65_HS1-834228961_62-HQ-83894_Section_10
Agency: FBI
Page 128
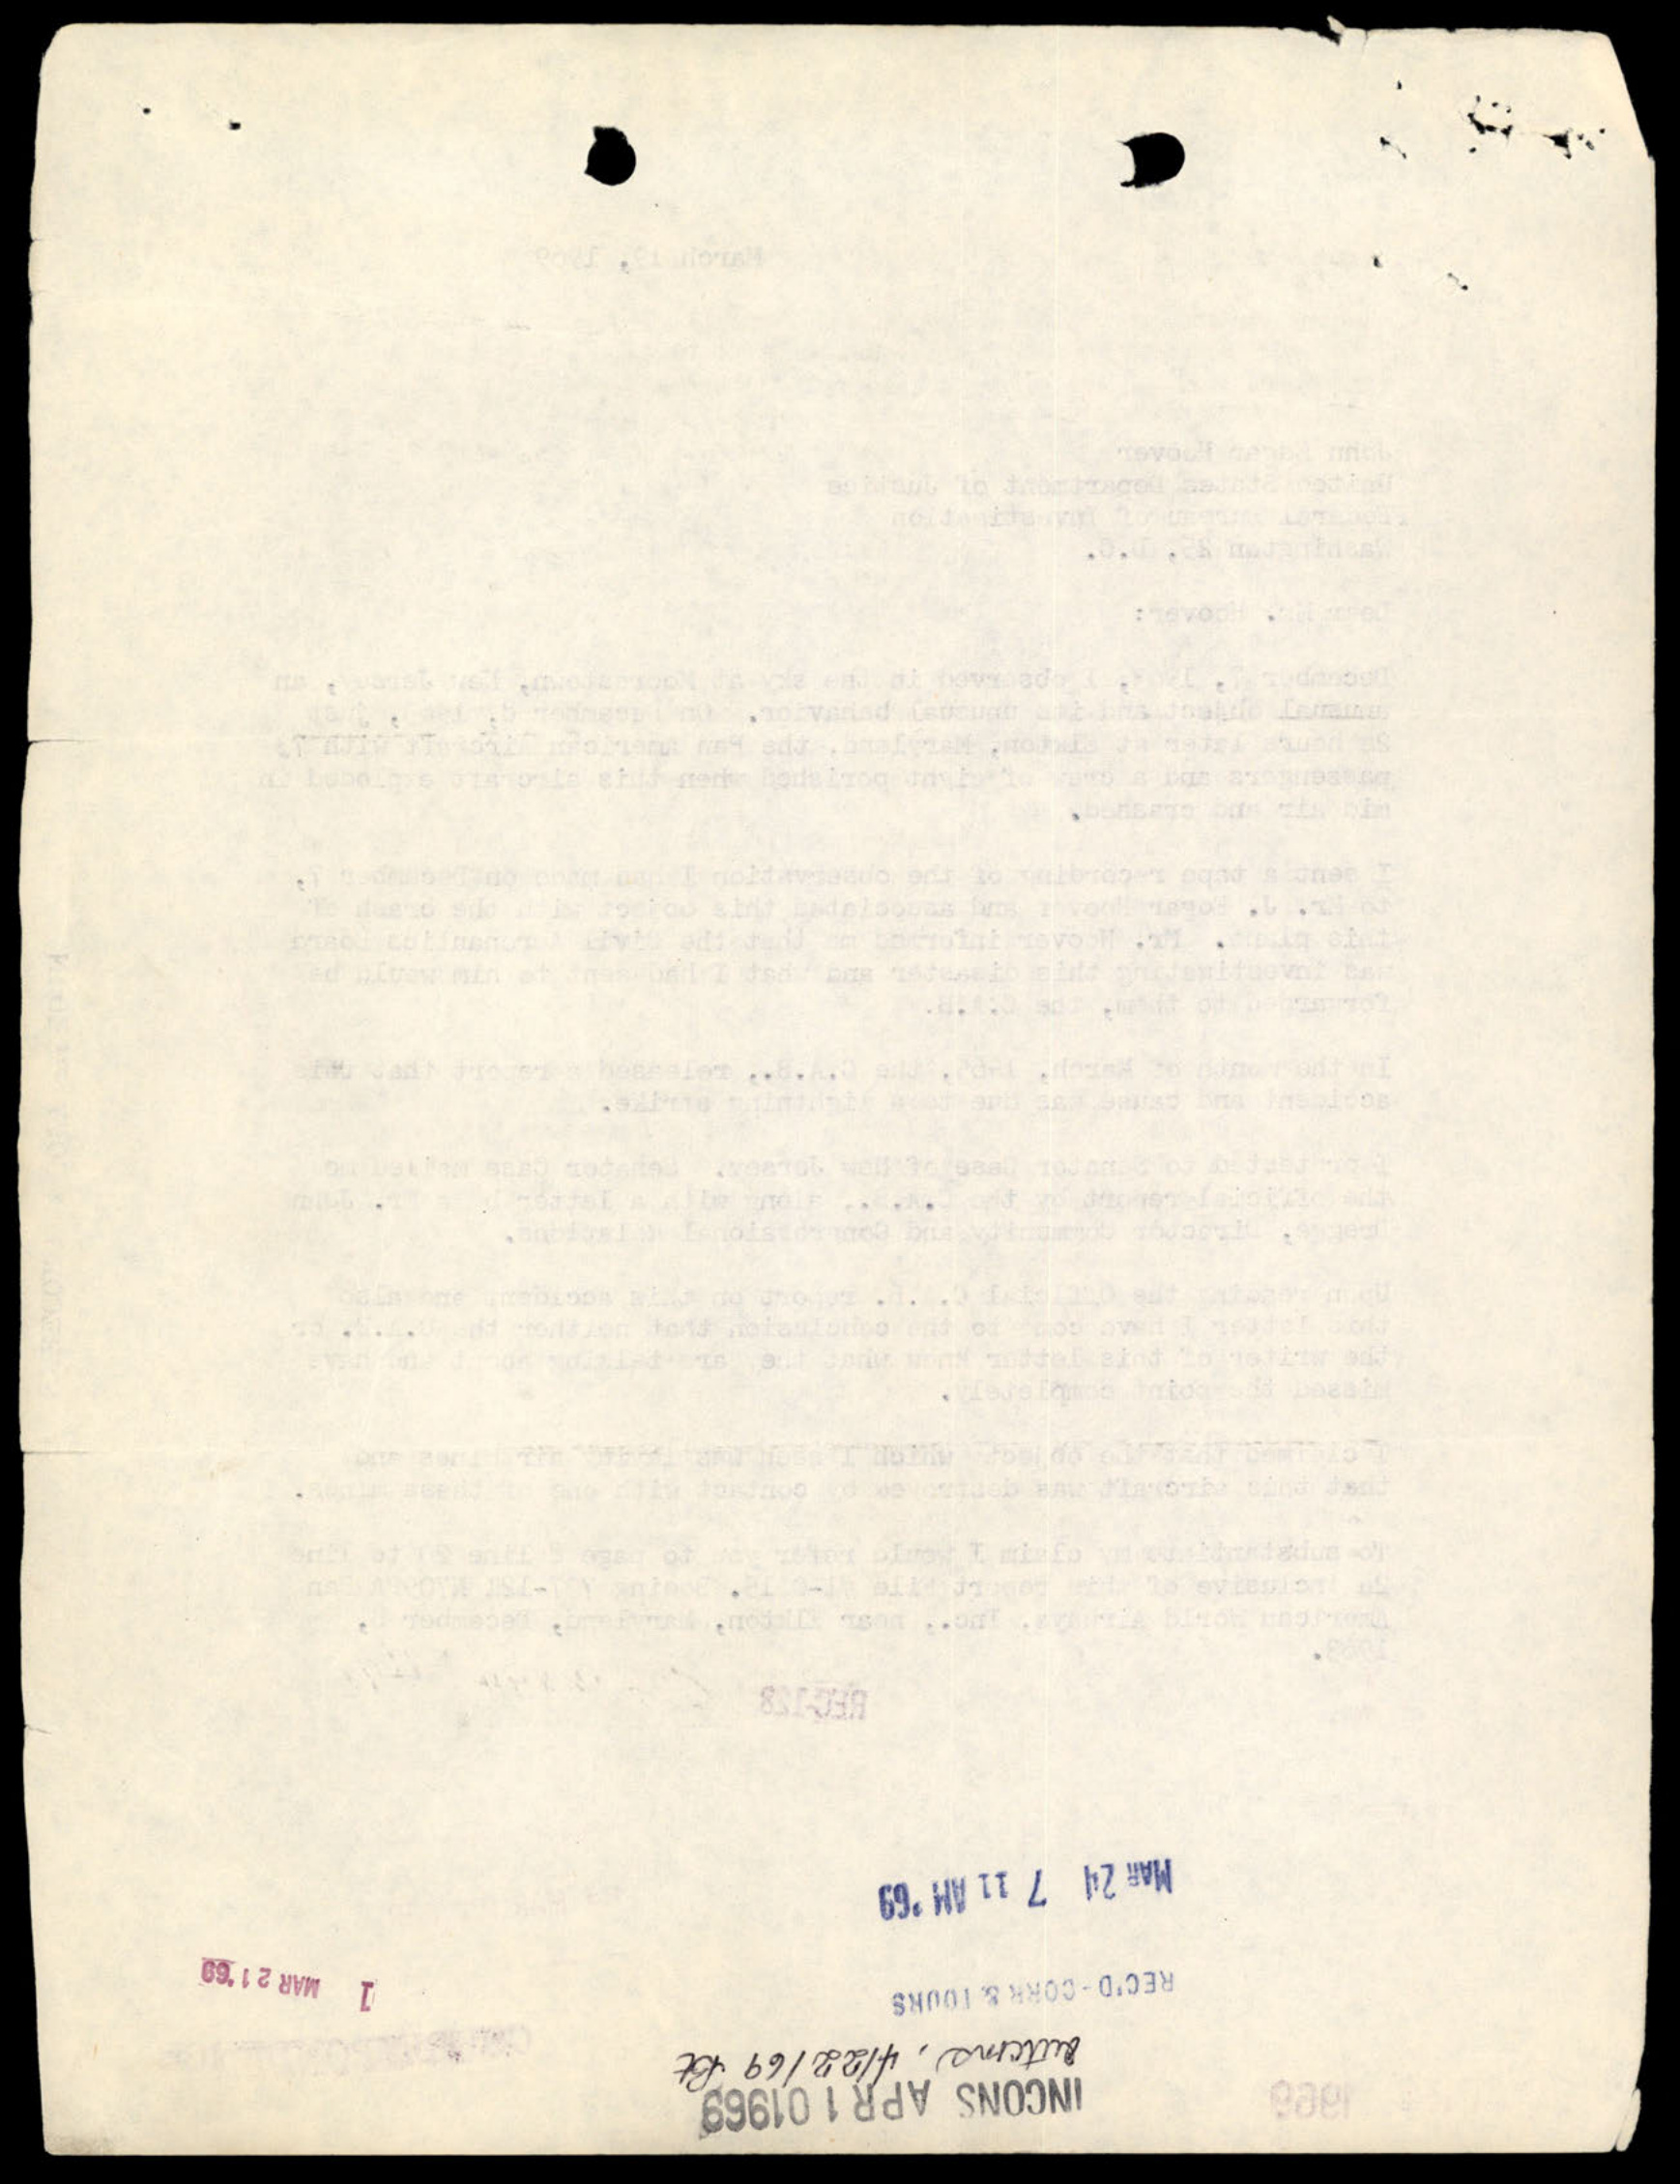